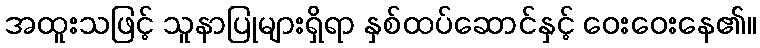
အထူးသဖြင့် သူနာပြုများရှိရာ နှစ်ထပ်ဆောင်နှင့် ဝေးဝေးနေ၏။